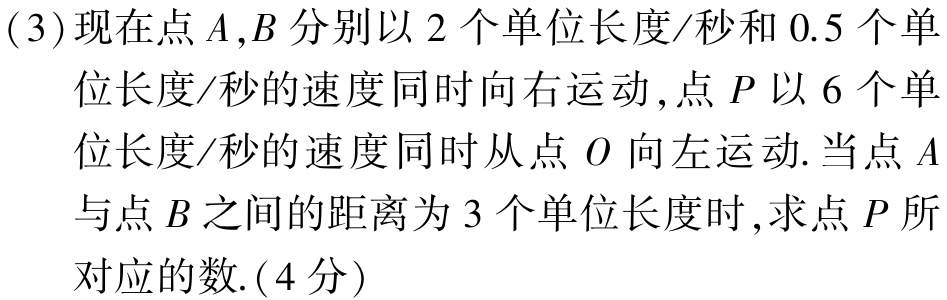
(3)现在点\(A,B\)分别以\(2\)个单位长度/秒和\(0.5\)个单位长度/秒的速度同时向右运动,点\(P\)以\(6\)个单位长度/秒的速度同时从点\(O\)向左运动.当点\(A\)与点\(B\)之间的距离为\(3\)个单位长度时,求点\(P\)所对应的数.(4分)